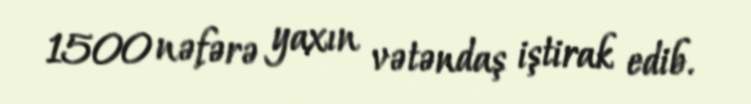
1500 nəfərə yaxın vətəndaş iştirak edib.